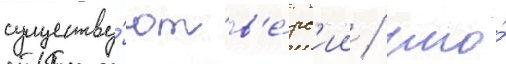
существу́ют в'е́рс'ии / что́